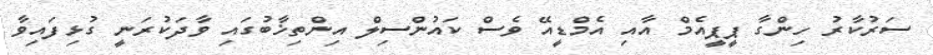
ސަރުކާރު ހިންގާ ޕީޕީއެމް އާއި އެމްޑީއޭ ވެސް ކައުންސިލް އިންތިޚާބުގައި ވާދަކުރަނީ ގުޅިފައިވާ